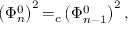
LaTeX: \left( \Phi _ { n } ^ { 0 } \right) ^ { 2 } { = } _ { c } \left( \Phi _ { n - 1 } ^ { 0 } \right) ^ { 2 } ,